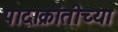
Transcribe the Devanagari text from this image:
पादाक्रांतीच्या